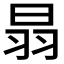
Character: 𦐇